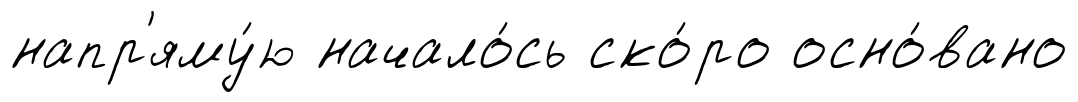
напр'яму́ю начало́сь ско́ро осно́вано